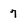
Character: 7